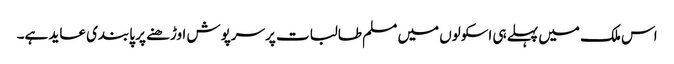
اس ملک میں پہلے ہی اسکولوں میں مسلم طالبات پرسرپوش اوڑھنے پر پابندی عاید ہے۔